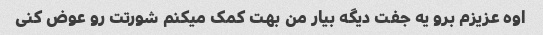
اوه عزیزم برو یه جفت دیگه بیار من بهت کمک میکنم شورتت رو عوض کنی